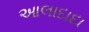
આલાદાદા